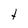
Character: t